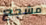
مشجع